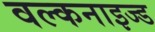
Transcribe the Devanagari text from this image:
वल्कनाइज्ड